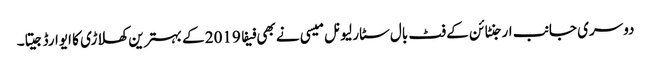
دوسری جانب ارجنٹائن کے فٹ بال سٹار لیونل میسی نے بھی فیفا 2019 کے بہترین کھلاڑی کا ایوارڈ جیتا۔